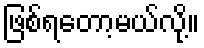
ဖြစ်ရတော့မယ်လို့။